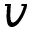
v